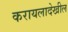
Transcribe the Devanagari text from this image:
करायलादेखील